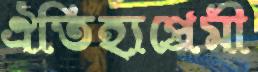
ঐতিহ্যপ্রেমী